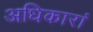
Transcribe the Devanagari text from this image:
अधिकारां